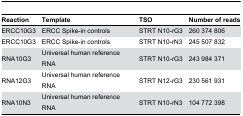
| Reaction | Template | TSO | Number of reads |
 | --- | --- | --- | --- |
 | ERCC10G3 | ERCC Spike-in controls | STRT N10-rG3 | 260 374 806 |
 | ERCC10G3 | ERCC Spike-in controls | STRT N10-rN3 | 245 507 832 |
 | RNA10G3 | Universal human reference RNA | STRT N10-rG3 | 243 984 371 |
 | RNA12G3 | Universal human reference RNA | STRT N12-rG3 | 230 561 931 |
 | RNA10N3 | Universal human reference RNA | STRT N10-rN3 | 104 772 398 |